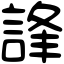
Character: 𧧽